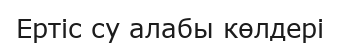
Ертіс су алабы көлдері